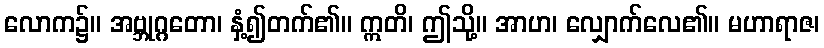
လောက၌။ အဗ္ဘုဂ္ဂတော၊ နှံ့၍တက်၏။ ဣတိ၊ ဤသို့။ အာဟ၊ လျှောက်လေ၏။ မဟာရာဇ၊